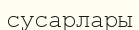
сусарлары